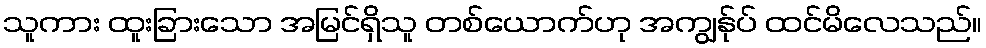
သူကား ထူးခြားသော အမြင်ရှိသူ တစ်ယောက်ဟု အကျွန်ုပ် ထင်မိလေသည်။